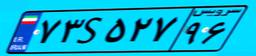
۷۳S۵۲۷۹۶